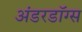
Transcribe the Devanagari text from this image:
अंडरडॉग्स